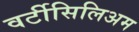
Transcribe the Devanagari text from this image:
वर्टीसिलिअम